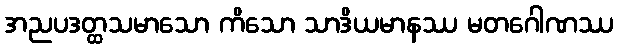
အညပဒတ္ထသမာသော ကိသော သာဒိယမာနဿ မတဂေါဏဿ